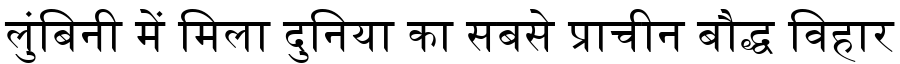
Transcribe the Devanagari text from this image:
लुंबिनी में मिला दुनिया का सबसे प्राचीन बौद्ध विहार